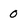
Character: 0